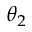
\theta _ { 2 }